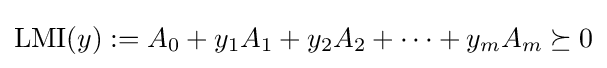
\operatorname {LMI} (y):=A_{0}+y_{1}A_{1}+y_{2}A_{2}+\cdots +y_{m}A_{m}\succeq 0